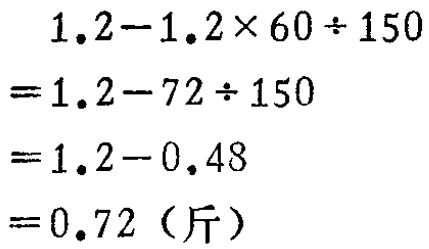
\[
\begin{align*}
&1.2 - 1.2\times60\div150\\
=&1.2 - 72\div150\\
=&1.2 - 0.48\\
=&0.72（\text{斤}）
\end{align*}
\]